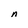
Character: n